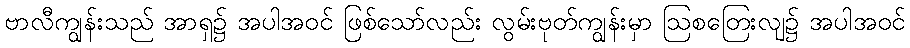
ဗာလီကျွန်းသည် အာရှ၌ အပါအဝင် ဖြစ်သော်လည်း လွမ်းဗုတ်ကျွန်းမှာ ဩစတြေးလျ၌ အပါအဝင်